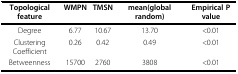
| Topological feature | WMPN | TMSN | mean(global random) | Empirical P value |
 | --- | --- | --- | --- | --- |
 | Degree | 6.77 | 10.67 | 13.70 | <0.01 |
 | Clustering Coefficient | 0.26 | 0.42 | 0.49 | <0.01 |
 | Betweenness | 15700 | 2760 | 3808 | <0.01 |